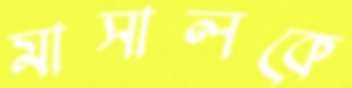
মাসালকে